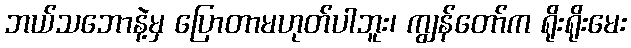
ဘယ်သဘောနဲ့မှ ပြောတာမဟုတ်ပါဘူး၊ ကျွန်တော်က ရိုးရိုးမေး